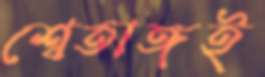
শ্বেতাঙ্গই